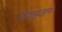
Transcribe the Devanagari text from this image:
प्रियासुजान